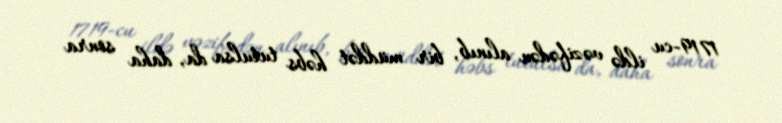
1719-cu ildə vəzifədən alınıb, bir müddət həbs tutulsa da, daha sonra